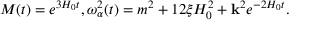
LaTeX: M ( t ) = e ^ { 3 H _ { 0 } t } , \omega _ { \alpha } ^ { 2 } ( t ) = m ^ { 2 } + 1 2 \xi H _ { 0 } ^ { 2 } + { \bf k } ^ { 2 } e ^ { - 2 H _ { 0 } t } .